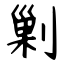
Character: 剿